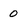
Character: 0